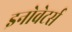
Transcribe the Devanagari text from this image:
इनोवेटर्स